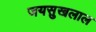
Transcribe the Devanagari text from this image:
जयसुखलाल